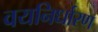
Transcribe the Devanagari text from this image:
वयनिर्धारण